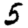
Digit: 5